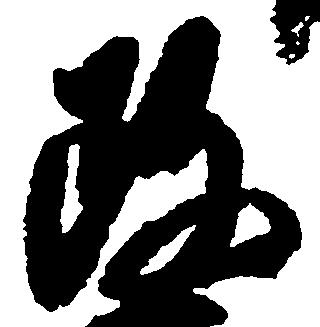
政